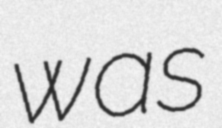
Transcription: was